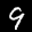
Label: 9